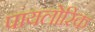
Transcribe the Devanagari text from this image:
पायलोरिक